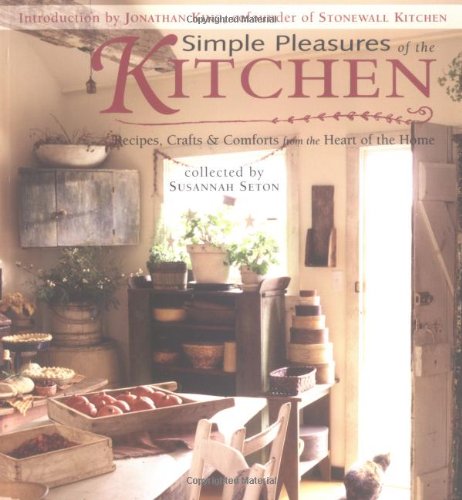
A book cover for Simple Pleasures of the Kitchen: Recipes, Crafts and Comforts from the Heart; Cookbooks, Food & Wine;